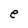
Character: e